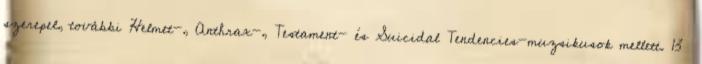
szerepel, további Helmet-, Anthrax-, Testament- és Suicidal Tendencies-muzsikusok mellett. 13